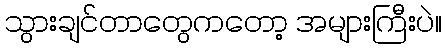
သွားချင်တာတွေကတော့ အများကြီးပဲ။